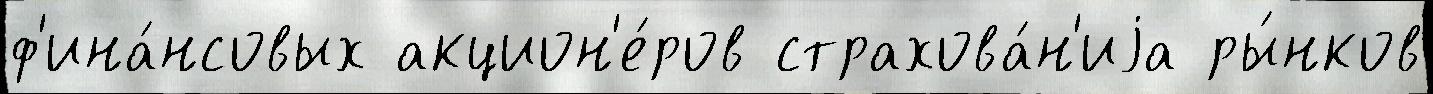
ф'ина́нсовых акцион'е́ров страхова́н'иjа ры́нков